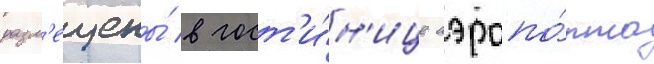
разм'ещены́ в гост'и́н'ице аэропо́рта